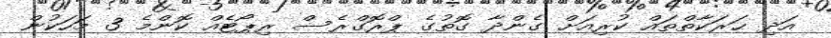
އަދި ޙަރަކާތްތައް ކުރިއަށް ގެންދާ ގޮތުގެ ޕްރޮގްރެސް ރިޕޯޓެއް ކޮންމެ 3 މަހަކުން